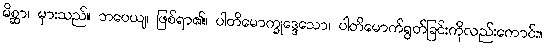
မိစ္ဆာ၊ မှားသည်။ ဘဝေယျ၊ ဖြစ်ရာ၏။ ပါတိမောက္ခုဒ္ဒေသော၊ ပါတိမောက်ရွတ်ခြင်းကိုလည်းကောင်း။